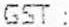
GST :